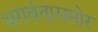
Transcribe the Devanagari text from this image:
भगवंतासमोर